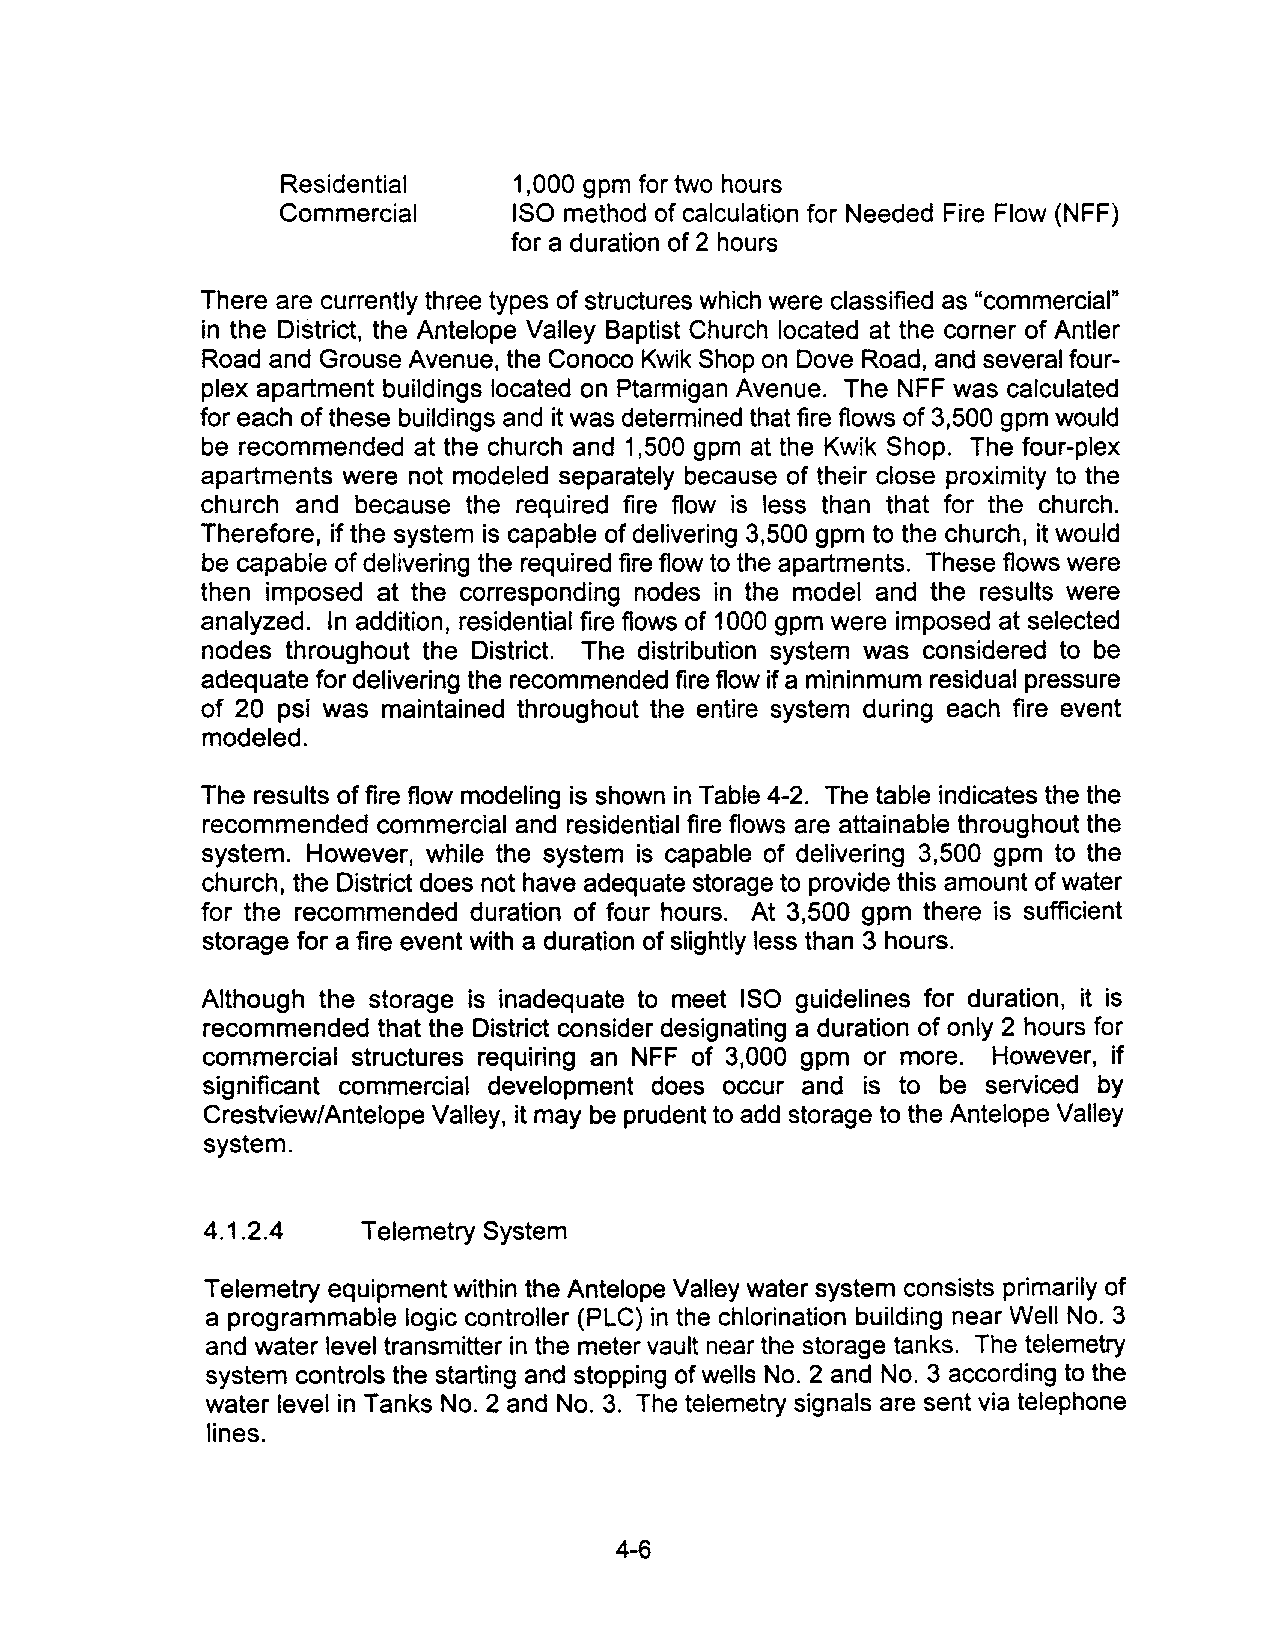
Residential    1,000 gpm for two hours
 Commercial     ISO method of calculation for Needed Fire Flow (NFF)
 for a duration of 2 hours
 There are currently three types of structures which were classified as "commercial"
 in the District, the Antelope Valley Baptist Church located at the corner of Antler
 Road and Grouse Avenue, the Conoco Kwik Shop on Dove Road, and several four
 plex apartment buildings located on Ptarmigan Avenue. The NFF was calculated
 for each of these buildings and it was determined that fire flows of 3,500 gpm would
 be recommended at the church and 1,500 gpm at the Kwik Shop. The four-plex
 apartments were not modeled separately because of their close proximity to the
 church and because the required fire flow is less than that for the church.
 Therefore, if the system is capable of delivering 3,500 gpm to the church, it would
 be capable of delivering the required fire flow to the apartments. These flows were
 then imposed at the corresponding nodes in the model and the results were
 analyzed. In addition, residential fire flows of 1000 gpm were imposed at selected
 nodes throughout the District. The distribution system was considered to be
 adequate for delivering the recommended fire flow if a mininmum residual pressure
 of 20 psi was maintained throughout the entire system during each fire event
 modeled.
 The results of fire flow modeling is shown in Table 4-2. The table indicates the the
 recommended commercial and residential fire flows are attainable throughout the
 system. However, while the system is capable of delivering 3,500 gpm to the
 church, the District does not have adequate storage to provide this amount of water
 for the recommended duration of four hours. At 3,500 gpm there is sufficient
 storage for a fire event with a duration of slightly less than 3 hours.
 Although the storage is inadequate to meet ISO guidelines for duration, it is
 recommended that the District consider designating a duration of only 2 hours for
 commercial structures requiring an NFF of 3,000 gpm or more. However, if
 significant commercial development does occur and is to be serviced by
 CrestviewlA ntelope Valley, it may be prudent to add storage to the Antelope Valley
 system.
 4.1.2.4   Telemetry System
 Telemetry equipment within the Antelope Valley water system consists primarily of
 a programmable logic controller (PLC) in the chlorination building near Well No.3
 and water level transmitter in the meter vault near the storage tanks. The telemetry
 system controls the starting and stopping of wells No.2 and No.3 according to the
 water level in Tanks No.2 and No.3. The telemetry signals are sent via telephone
 lines.
 4-6